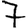
Digit: 7